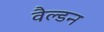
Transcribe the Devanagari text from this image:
वैल्डन